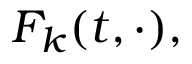
F _ { k } ( t , \cdot ) ,